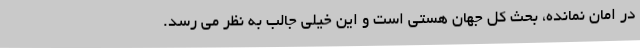
در امان نمانده، بحث کل جهان هستی است و این خیلی جالب به نظر می رسد.